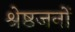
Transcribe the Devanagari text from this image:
श्रेष्ठजनों